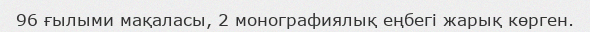
96 ғылыми мақаласы, 2 монографиялық еңбегі жарық көрген.